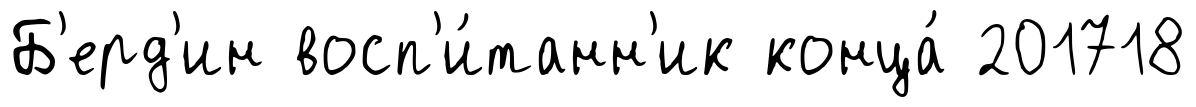
Б'ерд'ин восп'и́танн'ик конца́ 201718